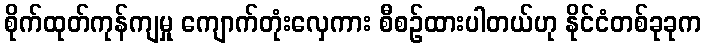
စိုက်ထုတ်ကုန်ကျမှု ကျောက်တုံးလှေကား စီစဉ်ထားပါတယ်ဟု နိုင်ငံတစ်ခုခုက